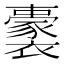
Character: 𧞢